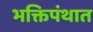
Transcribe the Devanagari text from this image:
भक्तिपंथात